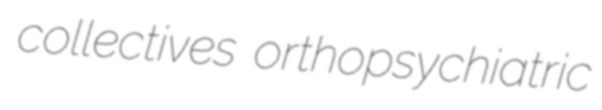
collectives orthopsychiatric